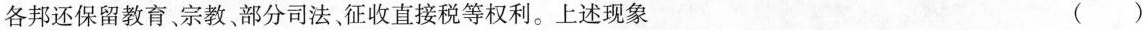
各邦还保留教育宗教部分司法征收直接税等权利。上述现象 ( )